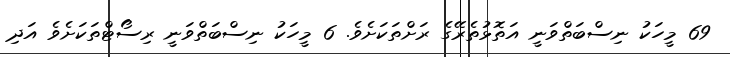
69 މީހަކު ނިސްބަތްވަނީ އަތޮޅުތެރޭގެ ރަށްތަކަށެވެ. 6 މީހަކު ނިސްބަތްވަނީ ރިސޯޓްތަކަށެވެ އަދި